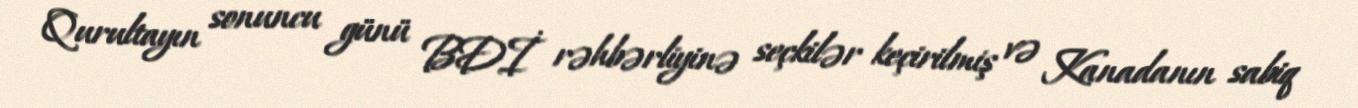
Qurultayın sonuncu günü BDİ rəhbərliyinə seçkilər keçirilmiş və Kanadanın sabiq